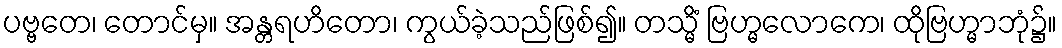
ပဗ္ဗတေ၊ တောင်မှ။ အန္တရဟိတော၊ ကွယ်ခဲ့သည်ဖြစ်၍။ တသ္မိံ ဗြဟ္မလောကေ၊ ထိုဗြဟ္မာဘုံ၌။